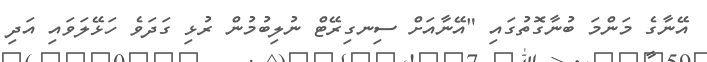
އޭނާގެ މަންމަ ބުނާގޮތުގައި "އޭނާއަށް ސިނގިރޭޓް ނުލިބުމުން ރުޅި ގަދަވެ ހަޅޭލަވައި އަދި